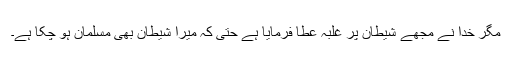
مگر خدا نے مجھے شیطان پر غلبہ عطا فرمایا ہے حتٰی کہ میرا شیطان بھی مسلمان ہو چکا ہے۔